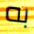
به